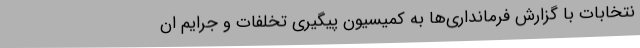
نتخابات با گزارش فرمانداری‌ها به کمیسیون پیگیری تخلفات و جرایم ان